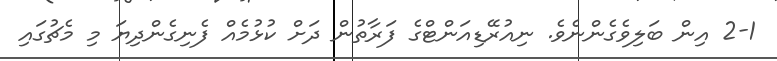
2-1 އިން ބަލިވެގެންނެވެ. ނިއުރޭޑިއަންޓްގެ ފަރާތުން ދަށް ކުޅުމެއް ފެނިގެންދިޔަ މި މެޗުގައި